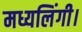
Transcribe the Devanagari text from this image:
मध्यलिंगी।